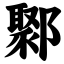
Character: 鄹